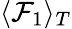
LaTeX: \langle\mathcal{F}_{1}\rangle_{T}